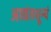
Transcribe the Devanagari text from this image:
आद्यंतशून्यं